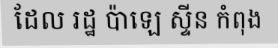
ដែល រដ្ឋ ប៉ាឡេ ស្ទីន កំពុង